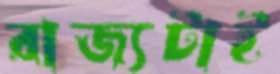
রাজ্যটাই